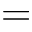
=